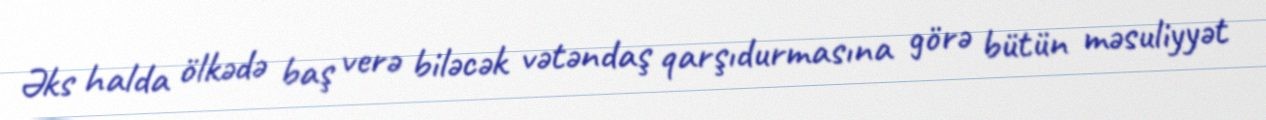
Əks halda ölkədə baş verə biləcək vətəndaş qarşıdurmasına görə bütün məsuliyyət